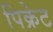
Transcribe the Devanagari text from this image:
पिक्रेट